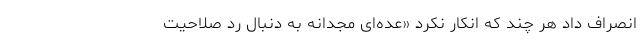
انصراف داد هر چند که انکار نکرد «عده‌ای مجدانه به دنبال رد صلاحیت